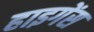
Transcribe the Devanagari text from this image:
हाइगेंस